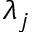
\lambda _ { j }